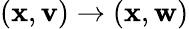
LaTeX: ({\mathbf x},{\mathbf v})\rightarrow({\mathbf x},{\mathbf w})